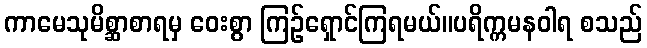
ကာမေသုမိစ္ဆာစာရမှ ဝေးစွာ ကြဉ်ရှောင်ကြရမယ်။ပရိက္ကမနဝါရ စသည်